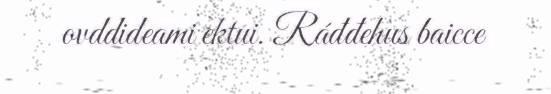
ovddideami ektui. Ráđđehus baicce